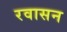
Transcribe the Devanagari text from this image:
रवासन